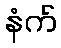
နံက်